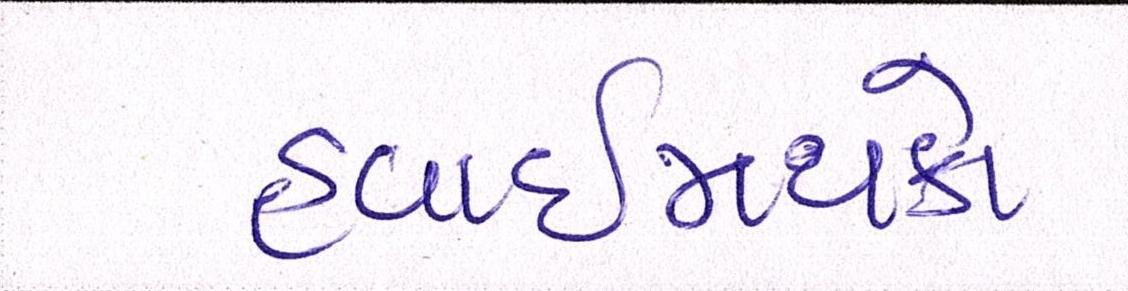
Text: હવાઈમથકો